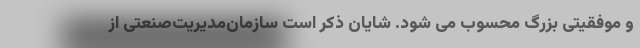
و موفقیتی بزرگ محسوب می شود. شایان ذکر است سازمان‌مدیریت‌صنعتی از